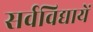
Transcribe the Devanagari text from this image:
सर्वविद्यायें